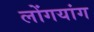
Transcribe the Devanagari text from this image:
लोंगयांग